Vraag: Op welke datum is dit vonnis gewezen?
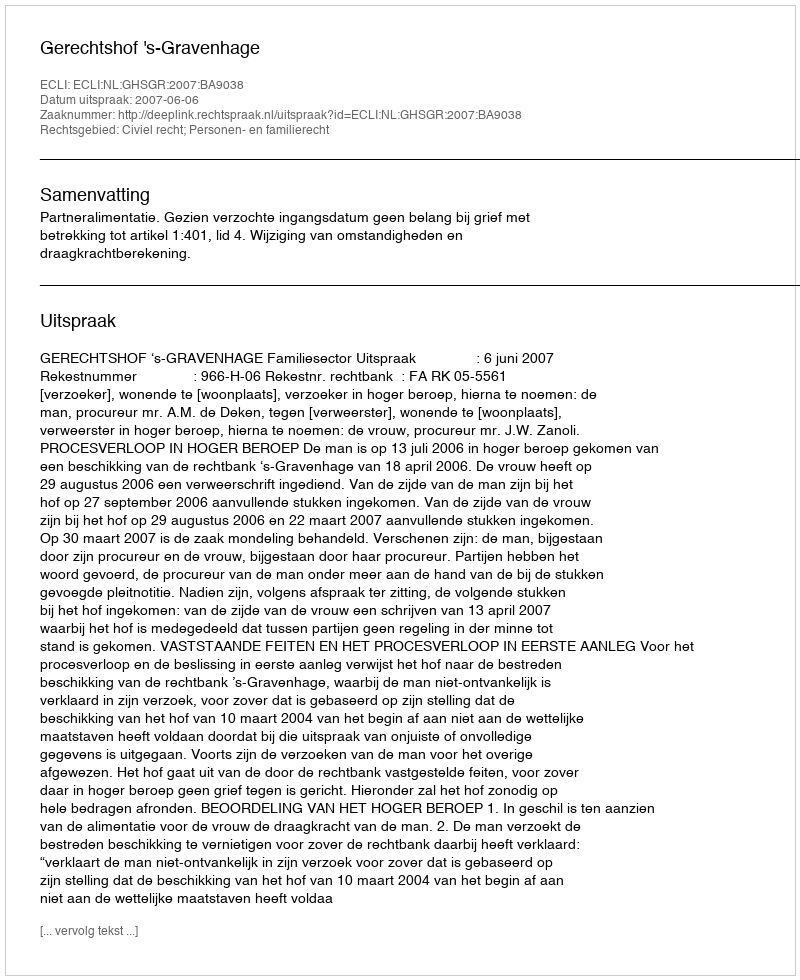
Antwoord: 2007-06-06